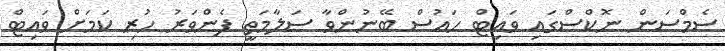
ސެމްސަން ނޮކްސްގައި ވައިޓް ހައުސް ބޭނުންވާ ސަލާމަތީ ފެންވަރު ހުރި ކަމަށް ވައިޓް